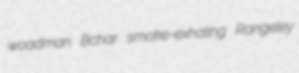
woadman Bchar smoke-exhaling Rangeley